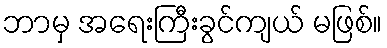
ဘာမှ အရေးကြီးခွင်ကျယ် မဖြစ်။